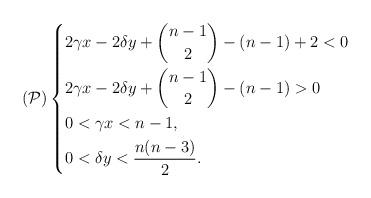
LaTeX: \begin{align*}(\mathcal{P}) \left\{ \begin{aligned}&2\gamma x - 2\delta y + \binom{n-1}{2} - (n-1) +2 <0\\&2\gamma x - 2\delta y + \binom{n-1}{2} - (n-1) >0\\&0< \gamma x < n-1,\\ &0< \delta y < \frac{n(n-3)}{2}.\end{aligned}\right. \end{align*}